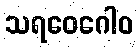
သရဝေဂေါဝ